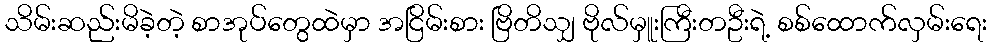
သိမ်းဆည်းမိခဲ့တဲ့ စာအုပ်တွေထဲမှာ အငြိမ်းစား ဗြိတိသျှ ဗိုလ်မှူးကြီးတဦးရဲ့ စစ်ထောက်လှမ်းရေး